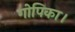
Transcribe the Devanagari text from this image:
गोपिका।